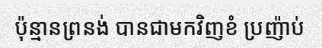
ប៉ុន្មានព្រនង់ បានជាមកវិញខំ ប្រញ៉ាប់